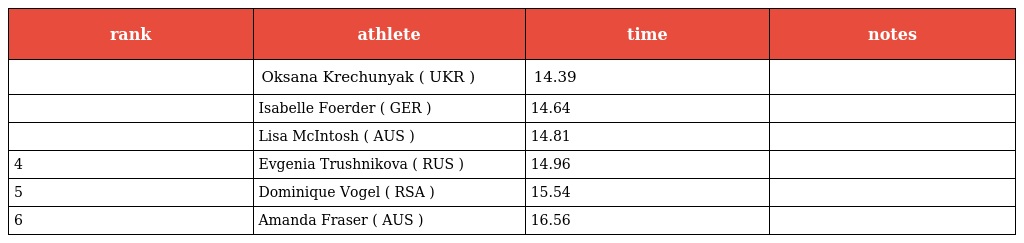
| rank | athlete | time | notes |
 | --- | --- | --- | --- |
 |  | Oksana Krechunyak ( UKR ) | 14.39 |  |
 |  | Isabelle Foerder ( GER ) | 14.64 |  |
 |  | Lisa McIntosh ( AUS ) | 14.81 |  |
 | 4 | Evgenia Trushnikova ( RUS ) | 14.96 |  |
 | 5 | Dominique Vogel ( RSA ) | 15.54 |  |
 | 6 | Amanda Fraser ( AUS ) | 16.56 |  |